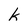
Character: h